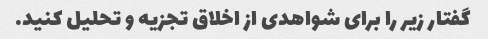
گفتار زیر را برای شواهدی از اخلاق تجزیه و تحلیل کنید.